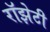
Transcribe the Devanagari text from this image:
रॉझेटी